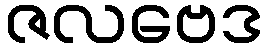
ဇလဗေဒ